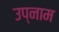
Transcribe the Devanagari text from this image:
उप्नाम